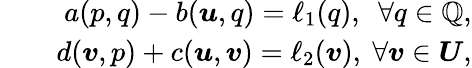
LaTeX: \begin{array}{rlr}&{}&{a({p},{q})-b(\boldsymbol{u},{q})=\ell_{1}({q}),~~\forall{q}\in\mathbb{Q},}\\ &{}&{d(\boldsymbol{v},{p})+c(\boldsymbol{u},\boldsymbol{v})=\ell_{2}(\boldsymbol{v}),~\forall\boldsymbol{v}\in\boldsymbol{U},}\end{array}